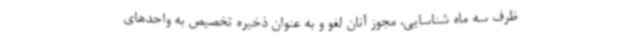
ظرف سه ماه شناسایی، مجوز آنان لغو و به عنوان ذخیره تخصیص به واحدهای